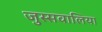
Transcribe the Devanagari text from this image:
जुस्सवालिया